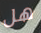
هل